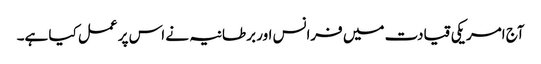
آج امریکی قیادت میں فرانس اور برطانیہ نے اس پر عمل کیا ہے۔